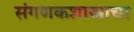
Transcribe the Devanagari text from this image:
संगणकशास्त्राचा